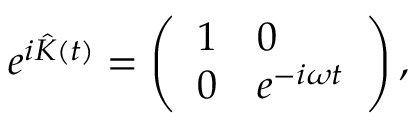
e ^ { i { \hat { K } } ( t ) } = \left( \begin{array} { l l } { 1 } & { 0 } \\ { 0 } & { e ^ { - i \omega t } } \end{array} \right) ,